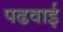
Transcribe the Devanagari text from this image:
पढवाई